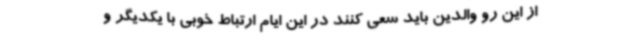
از این رو والدین باید سعی کنند در این ایام ارتباط خوبی با یکدیگر و